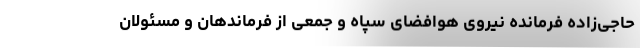
حاجی‌زاده فرمانده نیروی هوافضای سپاه و جمعی از فرماندهان و مسئولان